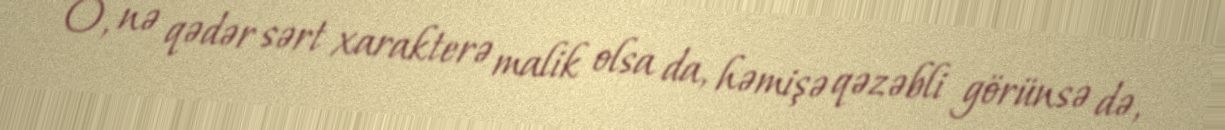
O, nə qədər sərt xarakterə malik olsa da, həmişə qəzəbli görünsə də,